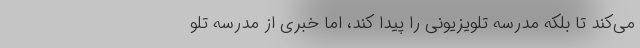
می‌کند تا بلکه مدرسه تلویزیونی را پیدا کند، اما خبری از مدرسه تلو